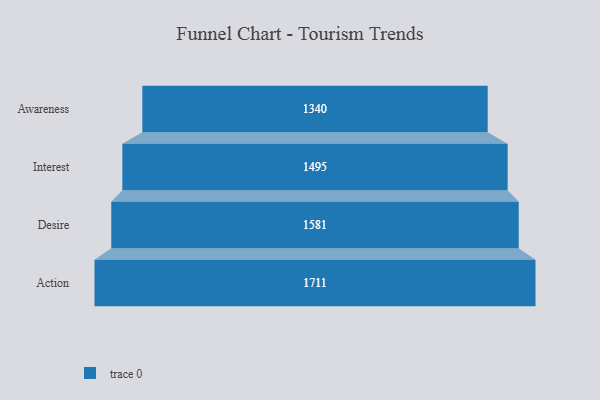
{"axis": {"x": "Stage", "y": "Value"}, "legend": [""], "data": [{"x": "Awareness", "y": 1340.0, "type": ""}, {"x": "Interest", "y": 1495.0, "type": ""}, {"x": "Desire", "y": 1581.0, "type": ""}, {"x": "Action", "y": 1711.0, "type": ""}]}